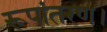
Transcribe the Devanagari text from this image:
रूपांतरण।